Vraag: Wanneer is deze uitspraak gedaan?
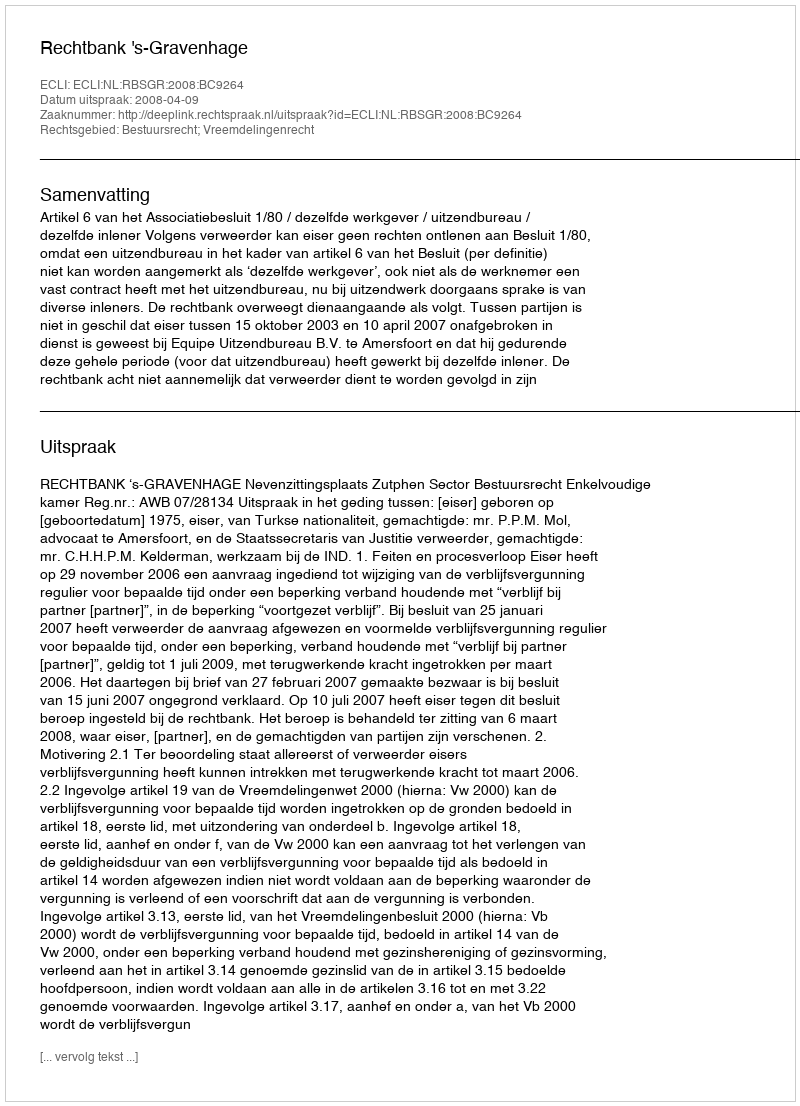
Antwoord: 2008-04-09